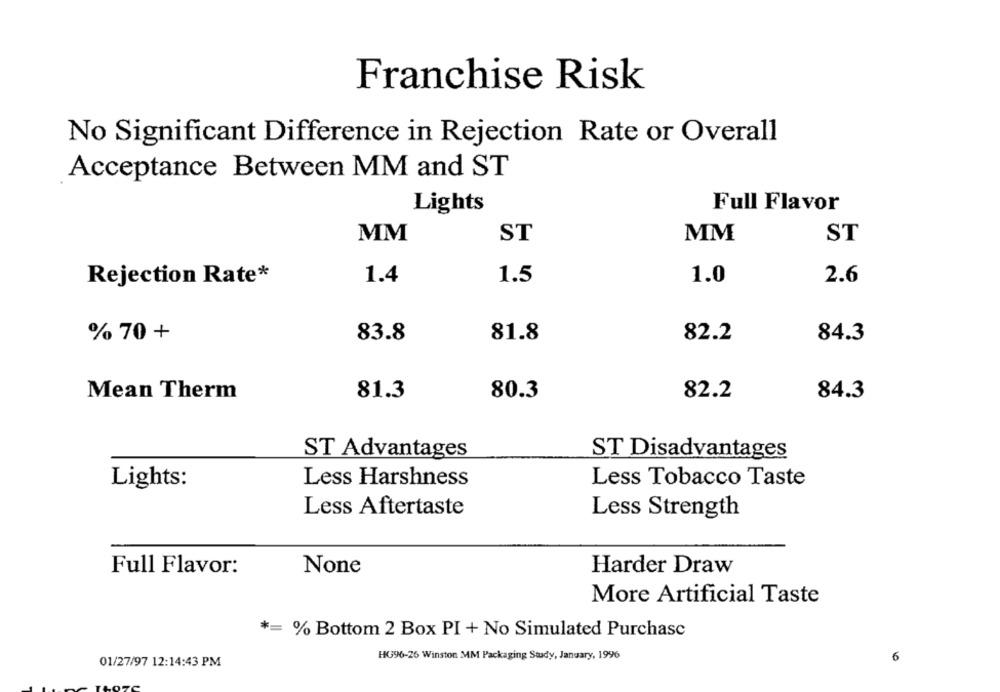
Franchise Risk
No Significant Difference in Rejection Rate or Overall
Acceptance Between MM and ST
Full Flavor
Lights
MM
ST
MM
ST
Rejection Rate*
1.4
1.5
1.0
2.6
% 70 +
83.8
81.8
82.2
84.3
Mean Therm
81.3
80.3
82.2
84.3
ST Advantages
ST Disadvantages
Lights:
Less Harshness
Less Tobacco Taste
Less Aftertaste
Less Strength
Full Flavor:
Harder Draw
More Artificial Taste
*= % Bottom 2 Box PI + No Simulated Purchasc
HG96-26 Winston MM Packaging Study, January, 1996
01/27/97 12:14:43 PM